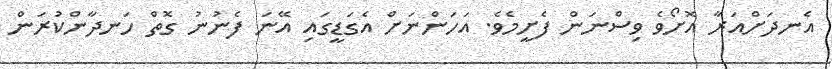
އެނދަށްއަރާ އޮށޯވެ ވިސްނަން ފެށީމެވެ. އަހަންނަށް އެގަޑީގައި އޭނަ ފެނުނު ގޮތް ހަނދާންކުރަން